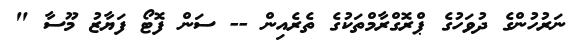
ނަރުހުންގެ ދުވަހުގެ ޕްރޮގްރާމްތަކުގެ ތެރެއިން -- ސަން ފޮޓޯ ފަޔާޒު މޫސާ "